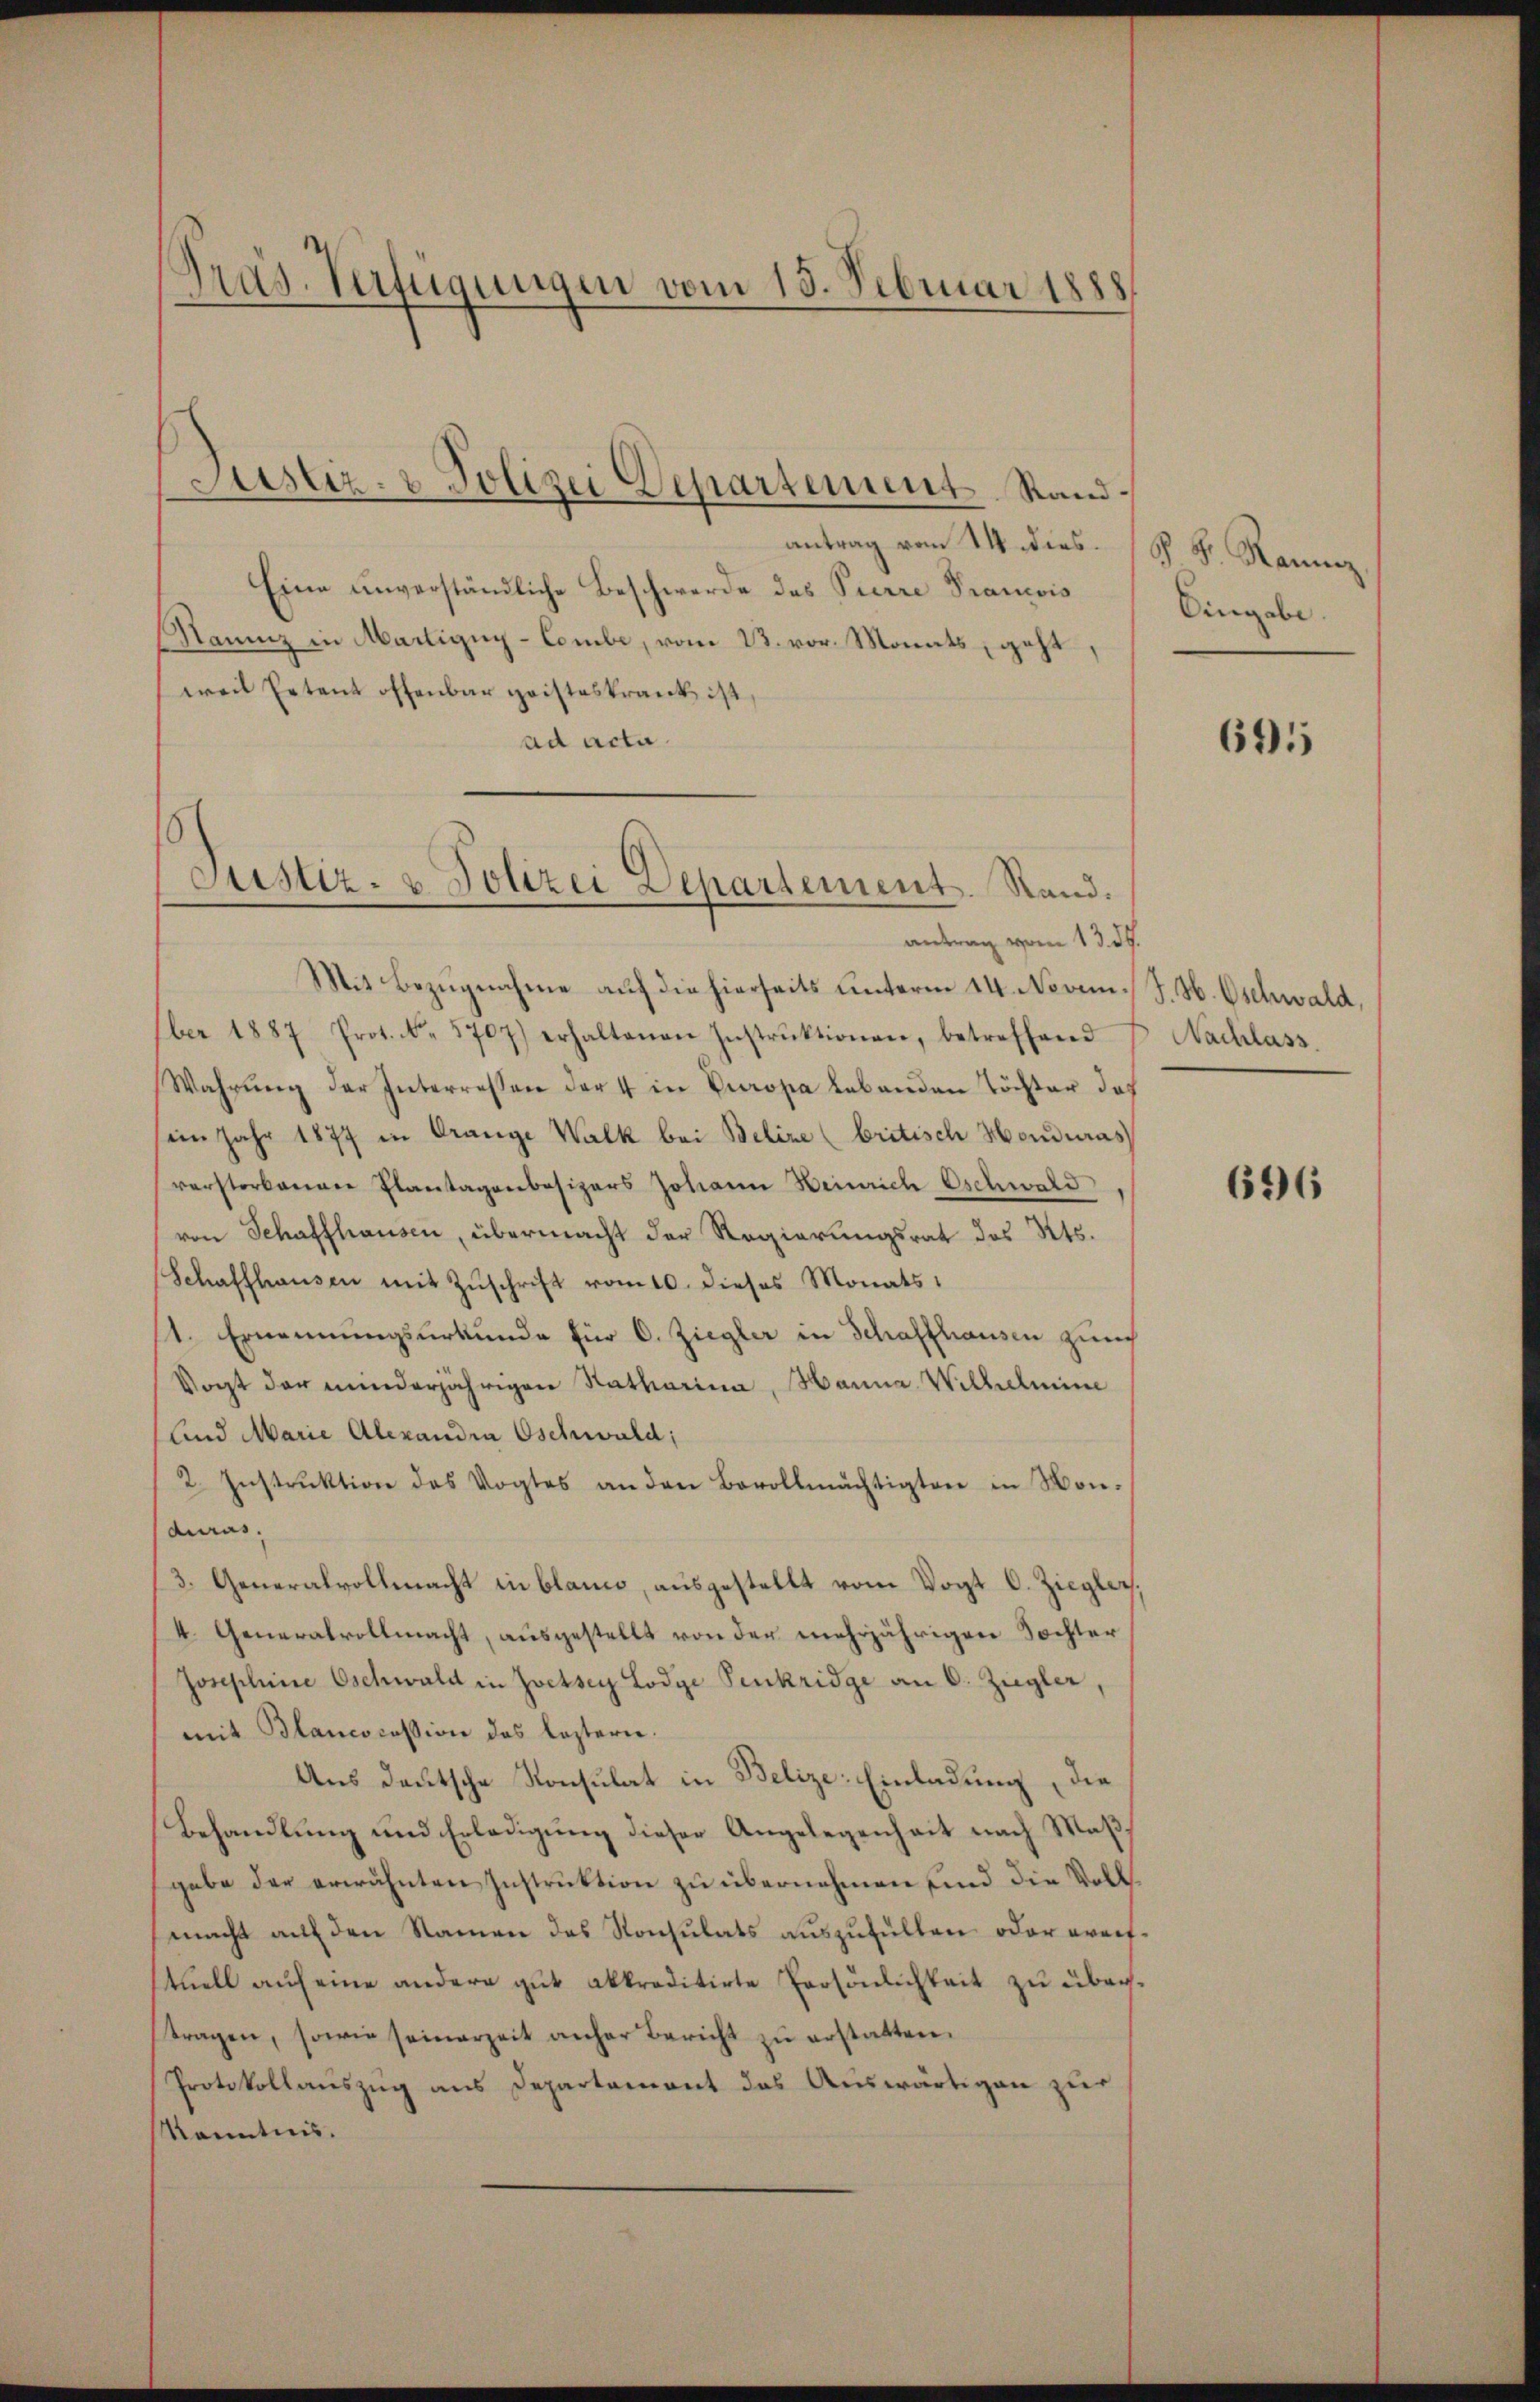
Pras. Verfügungen vom 18. Februar 1888

Justiz- & Polizei Departement Stand¬

antrag vom 14. dies.
Eine unverständliche Beschwerde des Pierre Prancois
Rauz in Martigny-Combe, vom 23. vor. Monats, geht,
weil Eetent offenbar geisteskrank ist,
ad acta.

Justiz- & Polizei Departement. Rand.
antrag vom 13. d.

Mit Bezugnahme auf die hierseits unterm 14. Novem. J. H. Oschwald,
ber 1887 Prot. N. 1707) erhaltenen Instrŭktionen, betreffend
Wahrŭng der Interressen der 4 in Europa lebenden Töchter das
sein Jahr 1877 in Orange Walk bei Belire (britisch Honduras
verstorbenen Plantagenbesizers Johann Heinrich Oschwald
von Schaffhausen, übermacht der Regierungsrat des Kts.
Schaffhausen mit Zŭschrift vom 10. dieses Monats
1. Ernennungsurkunde für O. Ziegler in Schaffhausen zur
Vogt der minderjährigen Ratharina, Hanna Wilhelmine
Und Marie Alexandra Oschwald;
2. Instrŭktion des Vogtes an den Bevollmächtigten in Mondurus,
3. Generalvollmacht in blance, ausgestellt vom Vogt C. Ziegler,
4. Generalvollmacht, ausgestellt von der mehrjährigen Tochter
Josephine Oschwald in Zwetsey Lodge Penkridge an C. Ziegler,
mit Blancocession des leztern.
Aus deutsche Konsulat in Belize: Einladung, die
Behandlung und Erledigung dieser Angelegenheit nach Maßgabe der erwähnten Instruktion zu übernehmen sind die Vollmacht auf den Namen das Konsulats auszufüllen oder weittuell auf eine andere gut abkreditirte Persönlichkeit zu übertragen, sowie seinerzeit anher Bericht zŭ erstatten.
Protokollauszug aus Departement das Auswärtigen zur
Kenntnis.

c S. Raumz
Eingabe.

695

Nachlass

696